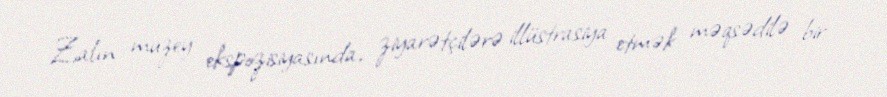
Zalın muzey ekspozisiyasında, ziyarətçilərə illüstrasiya etmək məqsədilə bir